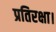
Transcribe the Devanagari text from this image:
प्रतिरक्षा।